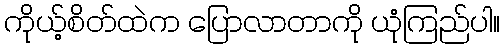
ကိုယ့်စိတ်ထဲက ပြောလာတာကို ယုံကြည်ပါ။